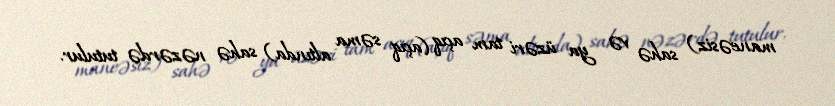
maneəsiz) sahə və ya üzəri tam açıq (açıq səma altında) sahə nəzərdə tutulur.